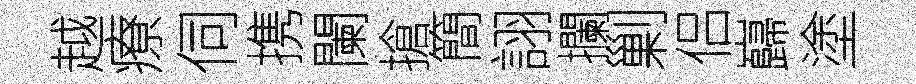
越療伺携闌搶簡詡攔剿侣巋塗